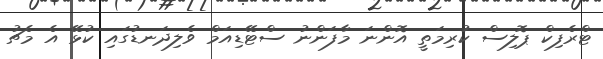
ޓްރެފިކް ޕޮލިސް ކުރިމަތީ އޮންނަ މާފަންނު ސްޓޭޑިއަމް ވެލިދަނޑުގައި ކުޅޭ އެ މެޗު